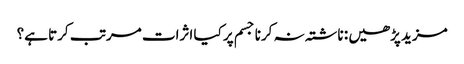
مزید پڑھیں : ناشتہ نہ کرنا جسم پر کیا اثرات مرتب کرتا ہے؟